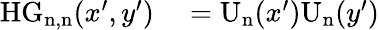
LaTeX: \begin{array}{rl}{\mathrm{HG_{n,n}}(x^{\prime},y^{\prime})}&{{}=\mathrm{U_{n}}(x^{\prime})\mathrm{U_{n}}(y^{\prime})}\end{array}